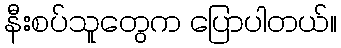
နီးစပ်သူတွေက ပြောပါတယ်။